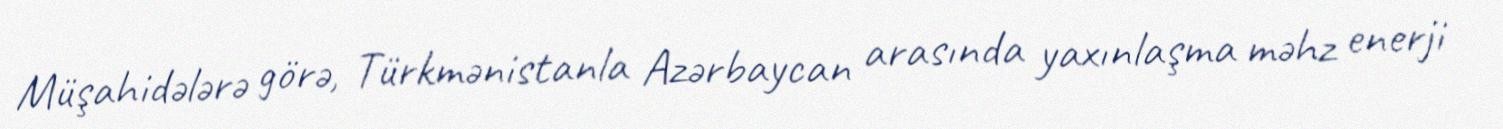
Müşahidələrə görə, Türkmənistanla Azərbaycan arasında yaxınlaşma məhz enerji